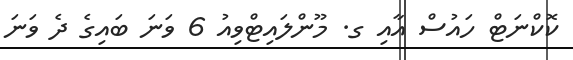
ކޮކްނަޓް ހައުސް އާއި ގ. މޫންލައިޓްވިއު 6 ވަނަ ބައިގެ ދެ ވަނަ